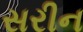
સરીન